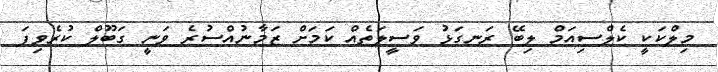
މިލްކަކީ ކެލްސިއަމް ލިބޭ ރަނގަޅު ވަސީލަތެއް ކަމަށް ޒަމާނުއްސުރެ ވަނީ ގަބޫލް ކުރެވިފަ